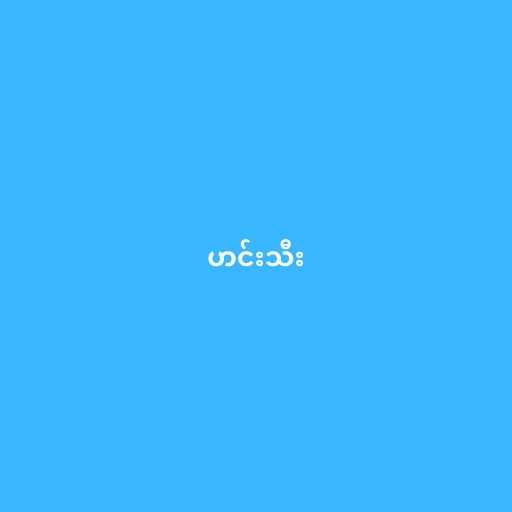
ဟင်းသီး